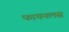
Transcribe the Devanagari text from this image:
फायनलस